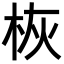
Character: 𪲄